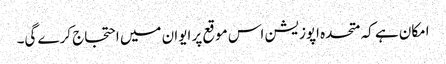
امکان ہے کہ متحدہ اپوزیشن اس موقع پر ایوان میں احتجاج کرے گی۔